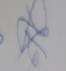
Signature authenticity: genuine